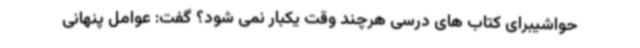
حواشیبرای کتاب های درسی هرچند وقت یکبار نمی شود؟ گفت: عوامل پنهانی